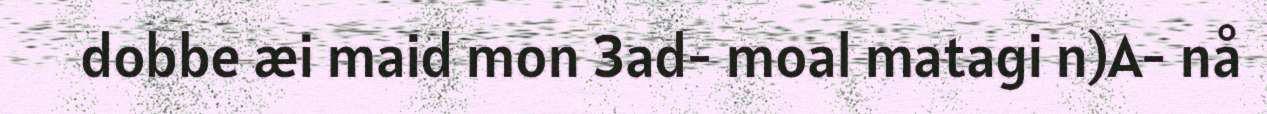
dobbe æi maid mon 3ad- moal matagi n)A- nå